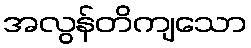
အလွန်တိကျသော